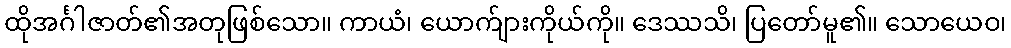
ထိုအင်္ဂါဇာတ်၏အတုဖြစ်သော။ ကာယံ၊ ယောက်ျားကိုယ်ကို။ ဒေဿသိ၊ ပြတော်မူ၏။ သောယေဝ၊